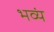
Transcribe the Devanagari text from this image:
भव्यं